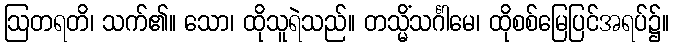
ဩတရတိ၊ သက်၏။ သော၊ ထိုသူရဲသည်။ တသ္မိံသင်္ဂါမေ၊ ထိုစစ်မြေပြင်အရပ်၌။